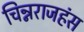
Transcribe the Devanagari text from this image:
चिन्नराजहंस